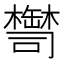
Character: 𦉚